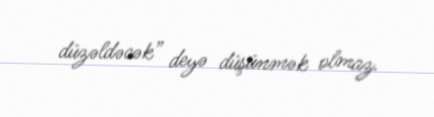
düzəldəcək” deyə düşünmək olmaz.